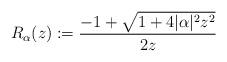
LaTeX: \begin{align*}R_{\alpha}(z):=\frac{-1+\sqrt{1+4|\alpha|^2z^2}}{2z}\end{align*}